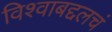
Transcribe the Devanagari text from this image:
विश्वाबद्दलचं